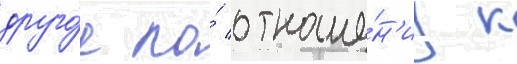
друго́е по́ отноше́н'иу к